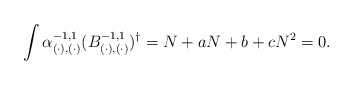
\begin{align*}\int \alpha_{(\cdot), (\cdot)}^{-1,1} (B_{(\cdot),(\cdot)}^{-1,1})^{\dagger}= N + a N + b + c N^2 = 0.\end{align*}